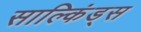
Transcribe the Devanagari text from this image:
साल्किंड्स